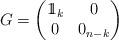
LaTeX: \begin{align*}G=\begin{pmatrix}1\!\!1_{k} & 0\\0 & 0_{n-k}\end{pmatrix}\end{align*}